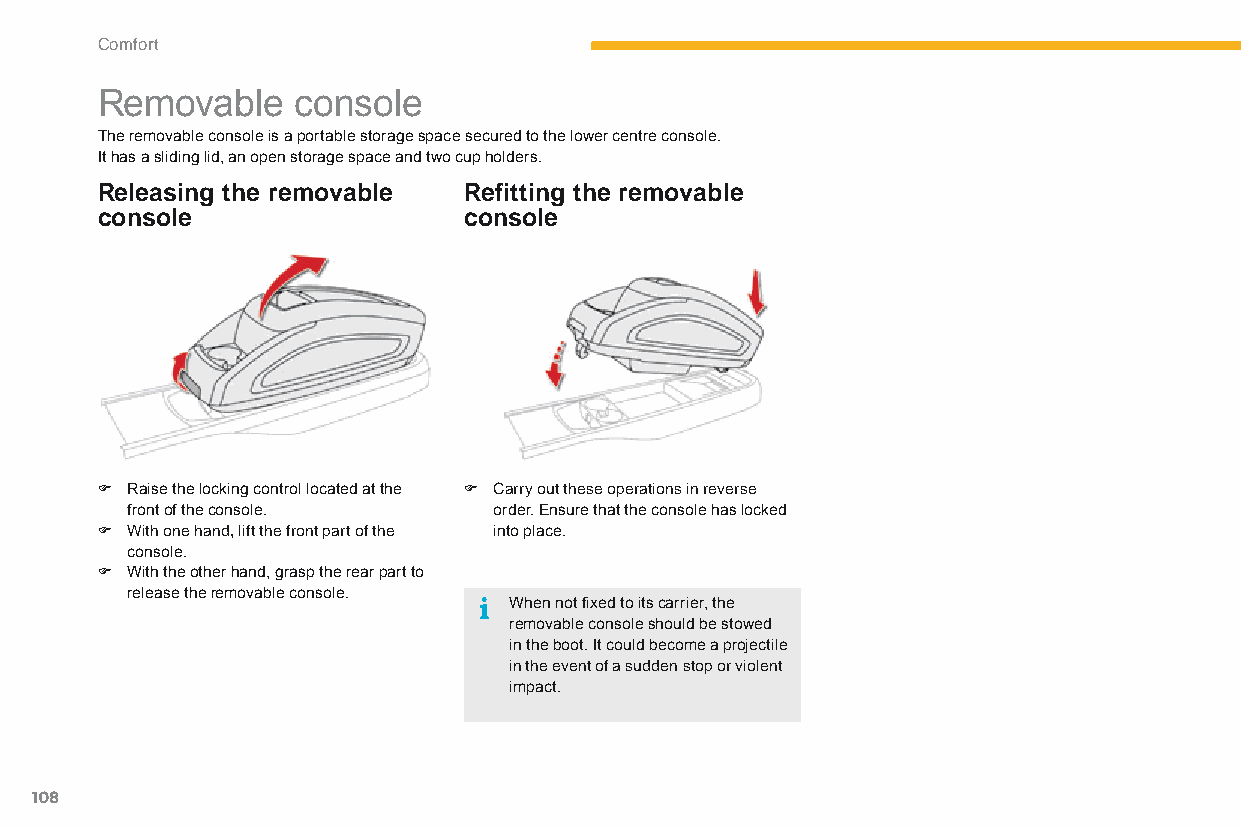
Comfort
 Removable    console
 The removable console is a portable storage space secured to the lower centre console.
 It has a sliding lid, an open storage space and two cup holders.
 Releasing the removable  Refitting the removable
 console                  console
 F Raise the locking control located at the F Carry out these operations in reverse
 front of the console.    order. Ensure that the console has locked
 F With one hand, lift the front part of the into place.
 console.
 F With the other hand, grasp the rear part to
 release the removable console.
 When not fixed to its carrier, the
 removable console should be stowed
 in the boot. It could become a projectile
 in the event of a sudden stop or violent
 impact.
 108
 C4-Picasso-II_en_Chap03_confort_ed01-2015